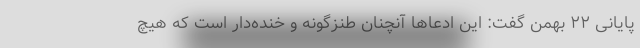
پایانی ۲۲ بهمن گفت: این ادعاها آنچنان طنزگونه و خنده‌دار است که هیچ